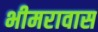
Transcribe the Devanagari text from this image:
भीमरावास